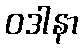
ဝဒါနာ